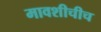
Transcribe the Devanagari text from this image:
मावशीचीच